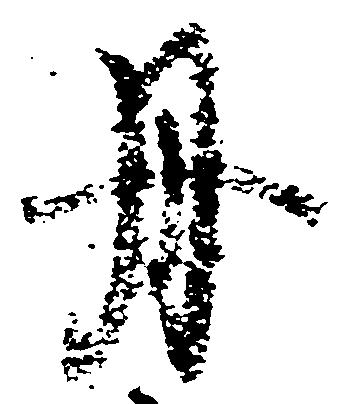
丹